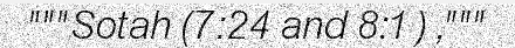
"""Sotah (7:24 and 8:1) ,"""